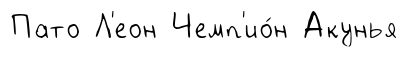
Пато Л'еон Чемп'ио́н Акунья